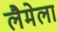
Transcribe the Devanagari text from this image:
लैमेला